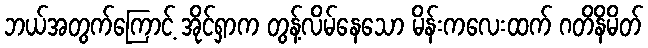
ဘယ်အတွက်ကြောင့် အိုင်ရှာက တွန့်လိမ်နေသော မိန်းကလေးထက် ဂတိနိမိတ်